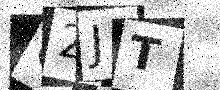
Text: 02JT